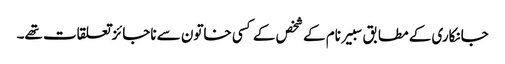
جانکاری کے مطابق سبیر نام کے شخص کے کسی خاتون سے ناجائزتعلقات تھے۔